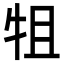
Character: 𭷚